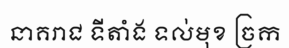
នាគរាជ ទីតាំង ទល់មុខ ច្រក